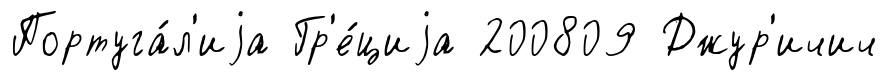
Португа́л'иjа Гр'е́циjа 200809 Джур'ичич